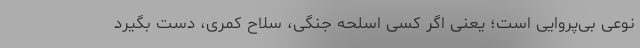
نوعی بی‌پروایی است؛ یعنی اگر کسی اسلحه جنگی، سلاح کمری، دست بگیرد